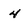
Character: 4